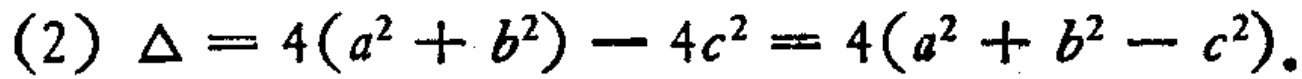
(2) \(\Delta = 4(a^{2}+b^{2}) - 4c^{2}=4(a^{2}+b^{2}-c^{2})\)